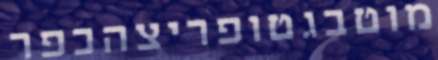
מוטבגטופריצהכפר